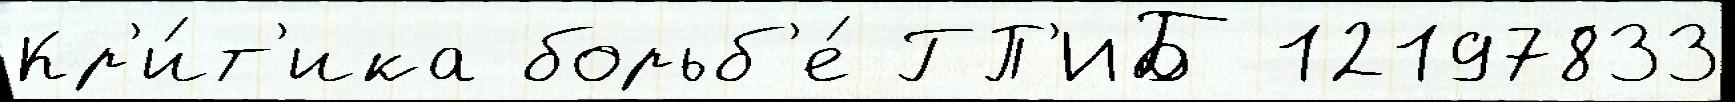
Кр'и́т'ика борьб'е́ ГП'ИБ 12197833